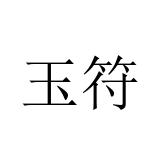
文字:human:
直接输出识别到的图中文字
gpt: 玉符